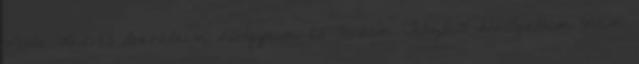
Pista Kedves Barátaim Hölgyeim és Uraim Tisztelt Hallgatóim Nem